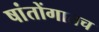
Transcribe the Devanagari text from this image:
षांतोंगातच